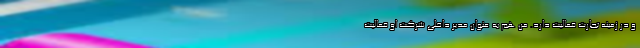
و در زمینه تجارت فعالیت دارد. من هم به عنوان مدیر داخلی شرکت او فعالیت